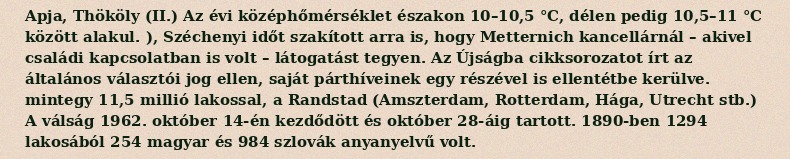
Apja, Thököly (II.) Az évi középhőmérséklet északon 10–10,5 °C, délen pedig 10,5–11 °C között alakul. ), Széchenyi időt szakított arra is, hogy Metternich kancellárnál – akivel családi kapcsolatban is volt – látogatást tegyen. Az Újságba cikksorozatot írt az általános választói jog ellen, saját párthíveinek egy részével is ellentétbe kerülve. mintegy 11,5 millió lakossal, a Randstad (Amszterdam, Rotterdam, Hága, Utrecht stb.) A válság 1962. október 14-én kezdődött és október 28-áig tartott. 1890-ben 1294 lakosából 254 magyar és 984 szlovák anyanyelvű volt.